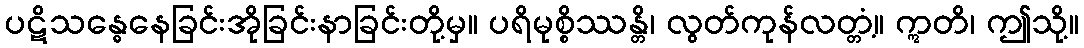
ပဋိသန္ဓေနေခြင်းအိုခြင်းနာခြင်းတို့မှ။ ပရိမုစ္စိဿန္တိ၊ လွတ်ကုန်လတ္တံ့။ ဣတိ၊ ဤသို့။